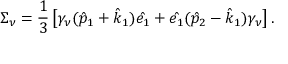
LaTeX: \Sigma _ { \nu } = { \frac { 1 } { 3 } } \left[ \gamma _ { \nu } ( \hat { p } _ { 1 } + \hat { k } _ { 1 } ) \hat { e _ { 1 } } + \hat { e _ { 1 } } ( \hat { p } _ { 2 } - \hat { k } _ { 1 } ) \gamma _ { \nu } \right] .